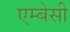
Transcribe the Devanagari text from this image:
एम्‍बेसी